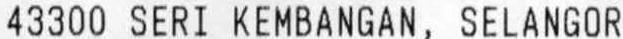
43300 SERI KEMBANGAN, SELANGOR